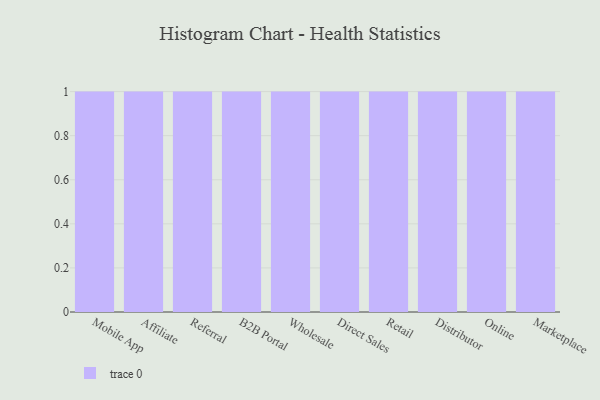
{"axis": {"x": "Channel", "y": "Latency (ms)"}, "legend": [""], "data": [{"x": "Mobile App", "y": 93, "type": ""}, {"x": "Affiliate", "y": 65, "type": ""}, {"x": "Referral", "y": 75, "type": ""}, {"x": "B2B Portal", "y": 50, "type": ""}, {"x": "Wholesale", "y": 8, "type": ""}, {"x": "Direct Sales", "y": 79, "type": ""}, {"x": "Retail", "y": 22, "type": ""}, {"x": "Distributor", "y": 12, "type": ""}, {"x": "Online", "y": 33, "type": ""}, {"x": "Marketplace", "y": 30, "type": ""}]}